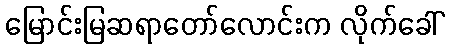
မြောင်းမြဆရာတော်လောင်းက လိုက်ခေါ်